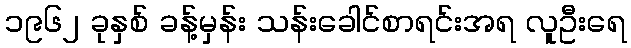
၁၉၆၂ ခုနှစ် ခန့်မှန်း သန်းခေါင်စာရင်းအရ လူဦးရေ